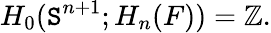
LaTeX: H_{0}(\mathtt{S}^{n+1};H_{n}(F))=\mathbb{{Z}}.